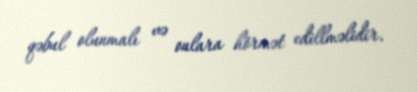
qəbul olunmalı və onlara hörmət edillməlidir.